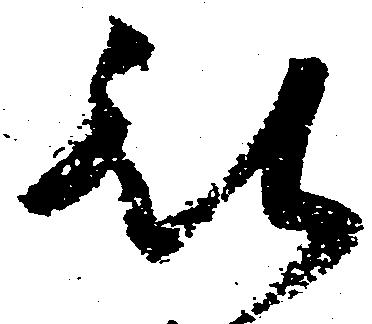
被